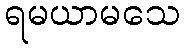
ရမယာမသေ